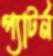
প্যাটর্ন